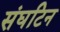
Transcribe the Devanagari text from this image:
संघटिन